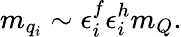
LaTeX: m_{q_{i}}\sim\epsilon_{i}^{f}\epsilon_{i}^{h}m_{Q}.